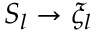
S _ { l } \rightarrow \xi _ { l }